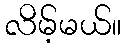
လိမ့်မယ်။